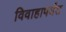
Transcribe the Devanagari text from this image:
विवाहापर्यंत